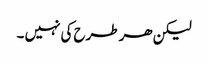
لیکن ھر طرح کی نہیں ۔